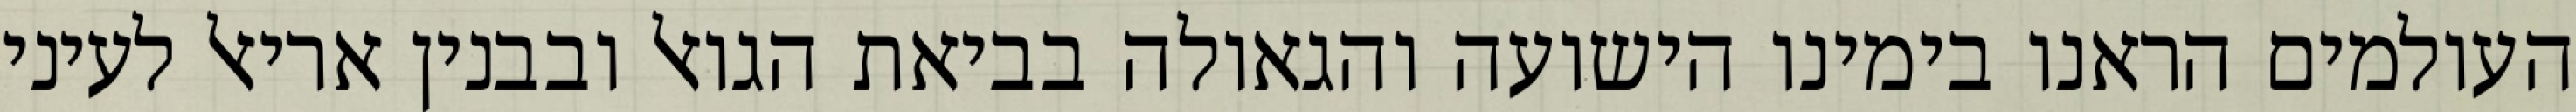
העולמים הראנו בימינו הישועה והגאולה בביאת הגואל ובבנין אריאל לעיני